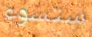
ستسوء